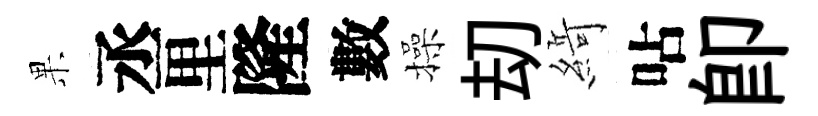
果丞里隆數操刧𦂶呫卽